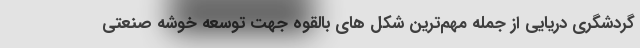
گردشگری دریایی از جمله مهم­ترین شکل ­های بالقوه جهت توسعه خوشه صنعتی